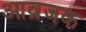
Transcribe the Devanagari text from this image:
आव्रजक